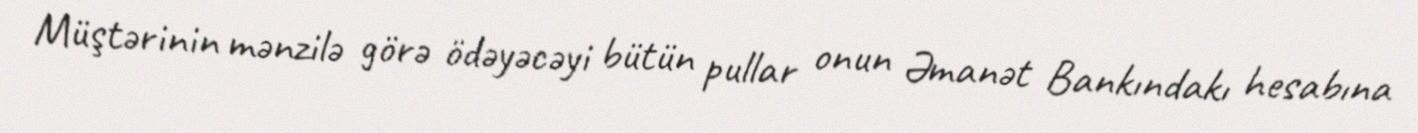
Müştərinin mənzilə görə ödəyəcəyi bütün pullar onun Əmanət Bankındakı hesabına